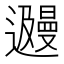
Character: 𬩩